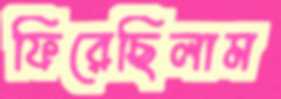
ফিরেছিলাম